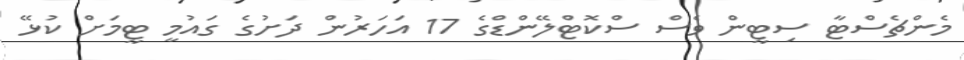
މެންޗެސްޓާ ސިޓީން ވެސް ސްކޮޓްލޭންޑްގެ 17 އަހަރުން ދަށުގެ ގައުމީ ޓީމަށް ކުޅޭ